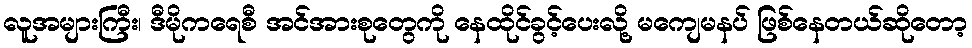
လူအများကြီး၊ ဒီမိုကရေစီ အင်အားစုတွေကို နေထိုင်ခွင့်ပေးလို့ မကျေမနပ် ဖြစ်နေတယ်ဆိုတော့